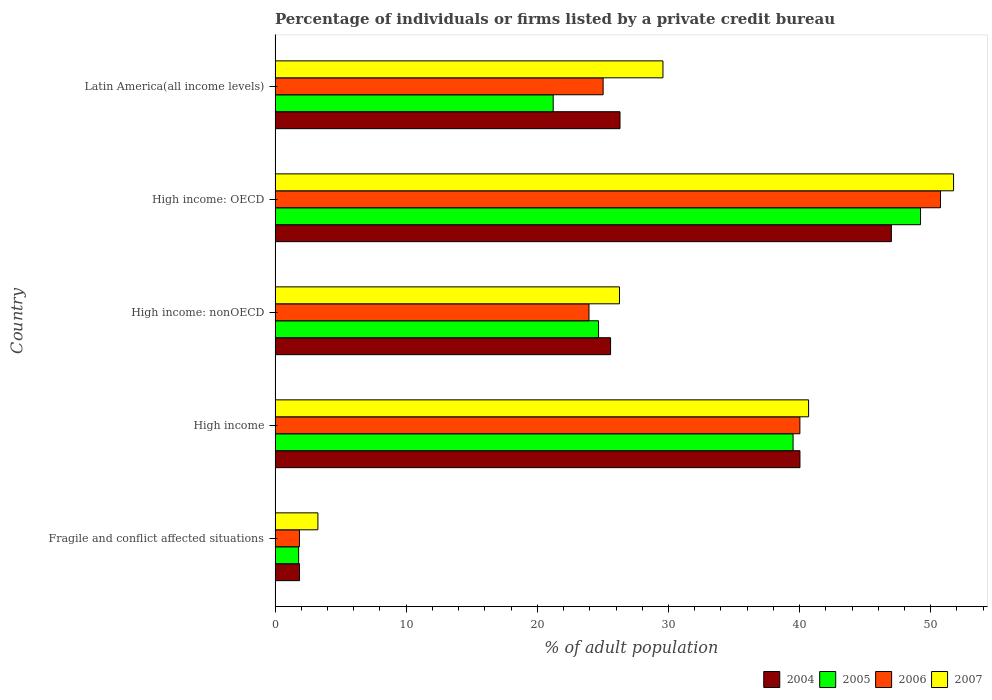
| Country | 2004 | 2005 | 2006 | 2007 |
 | --- | --- | --- | --- | --- |
 | Fragile and conflict affected situations | 1.86 | 1.8 | 1.86 | 3.27 |
 | High income | 40 | 39.5 | 40 | 40.7 |
 | High income: nonOECD | 25.6 | 24.7 | 23.9 | 26.3 |
 | High income: OECD | 47 | 49.2 | 50.7 | 51.7 |
 | Latin America(all income levels) | 26.3 | 21.2 | 25 | 29.6 |